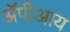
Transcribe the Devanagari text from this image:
ॲपीआय